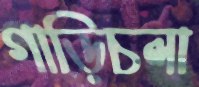
গাড়িচলা